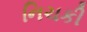
નિચકી